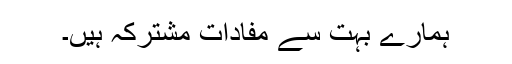
ہمارے بہت سے مفادات مشترکہ ہیں۔